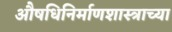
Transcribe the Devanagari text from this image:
औषधिनिर्माणशास्त्राच्या